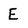
Character: E